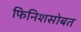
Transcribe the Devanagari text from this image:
फिनिशसोबत